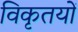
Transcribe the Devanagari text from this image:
विकृतयों